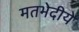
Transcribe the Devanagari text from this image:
मतभेदीये